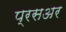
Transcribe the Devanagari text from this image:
प्रसअर